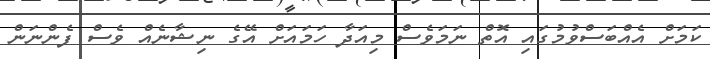
ކަމަށް އެއްބަސްވުމުގައި އޮތް ނަމަވެސް މިއަދާ ހަމައަށް އޭގެ ނިޝާނެއް ވެސް ފެންނަން